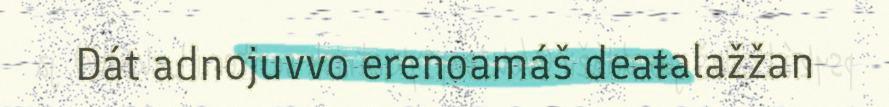
Dát adnojuvvo erenoamáš deaŧalažžan